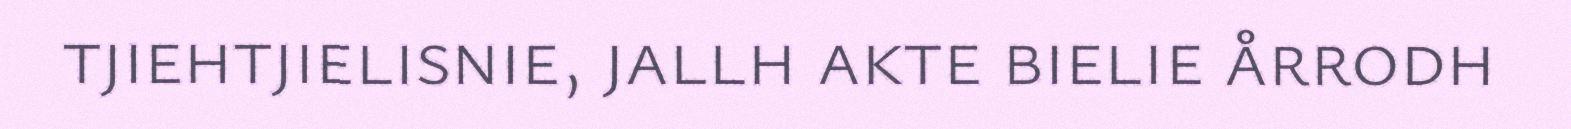
tjiehtjielisnie, jallh akte bielie årrodh